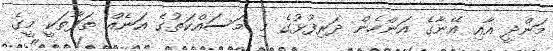
މަންދީ އާއި އޭނާގެ އަންހެން ދަރިފުޅުގެ މި މަސައްކަތުގެ އަނެއް ތަފާތަކީ މީގެ